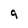
Character: g